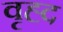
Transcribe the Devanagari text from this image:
वृह्द